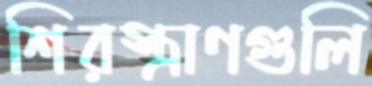
শিরস্ত্রাণগুলি